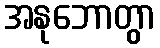
အနုဘောတွာ